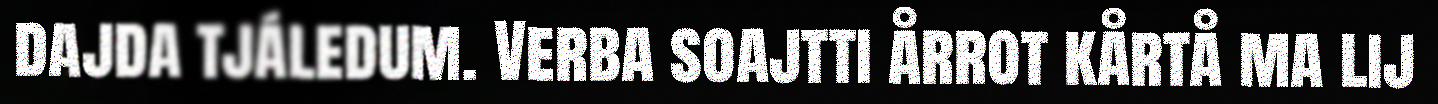
dajda tjáledum. Verba soajtti årrot kårtå ma lij